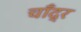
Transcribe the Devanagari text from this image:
चाँद्र